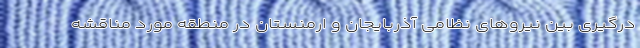
درگیری بین نیروهای نظامی آذربایجان و ارمنستان در منطقه مورد مناقشه